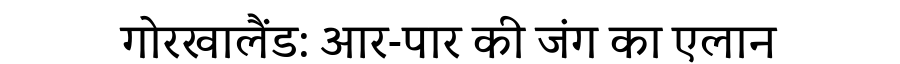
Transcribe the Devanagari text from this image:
गोरखालैंड: आर-पार की जंग का एलान